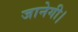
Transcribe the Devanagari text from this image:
जानेगी।